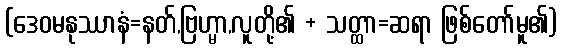
(ဒေဝမနုဿာနံ=နတ်,ဗြဟ္မာ,လူတို့၏ + သတ္ထာ=ဆရာ ဖြစ်တော်မူ၏)